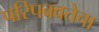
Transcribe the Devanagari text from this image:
परिपक्वतेचा